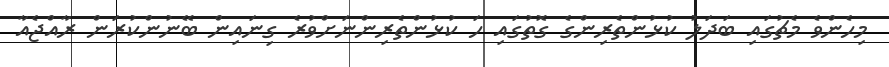
މިހެންވެ މެޗުގައި ބަދަލު ކުޅުންތެރިންގެ ގޮތުގައި ހަ ކުޅުންތެރިންނަށްވުރެ ގިނައިން ބޭނުންކުރަން ރާއްޖެއާ